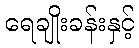
ရေချိုးခန်းနှင့်